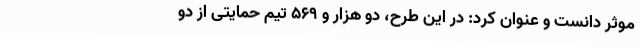
موثر دانست و عنوان کرد: در این طرح، دو هزار و 569 تیم حمایتی از دو